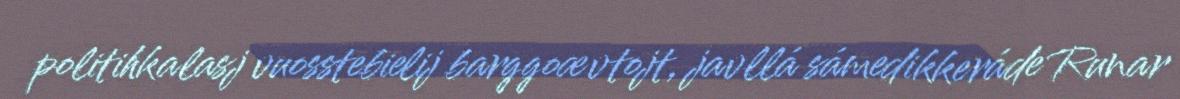
politihkalasj vuosstebielij barggoævtojt, javllá sámedikkeráde Runar